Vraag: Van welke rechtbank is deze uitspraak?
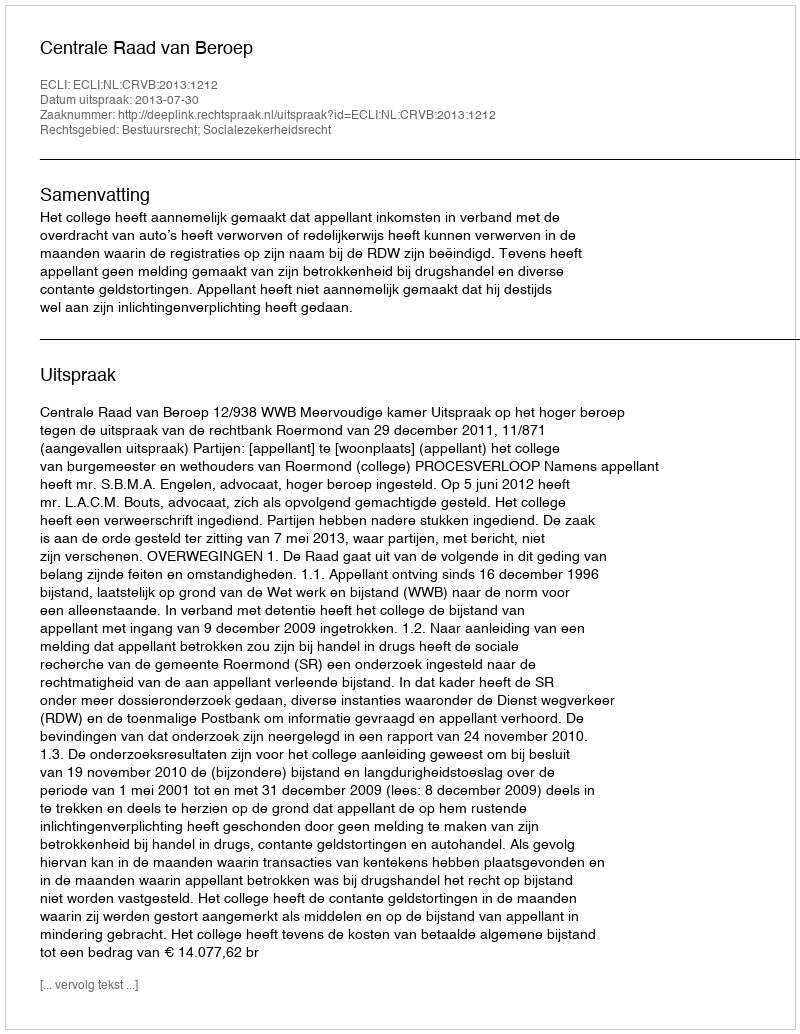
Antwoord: Centrale Raad van Beroep